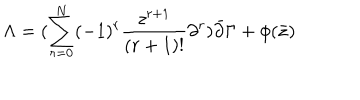
\Lambda = ( \sum _ { r = 0 } ^ { N } ( - 1 ) ^ { r } \frac { z ^ { r + 1 } } { ( r + 1 ) ! } \partial ^ { r } ) \bar { \partial } \Gamma + \phi ( \bar { z } )